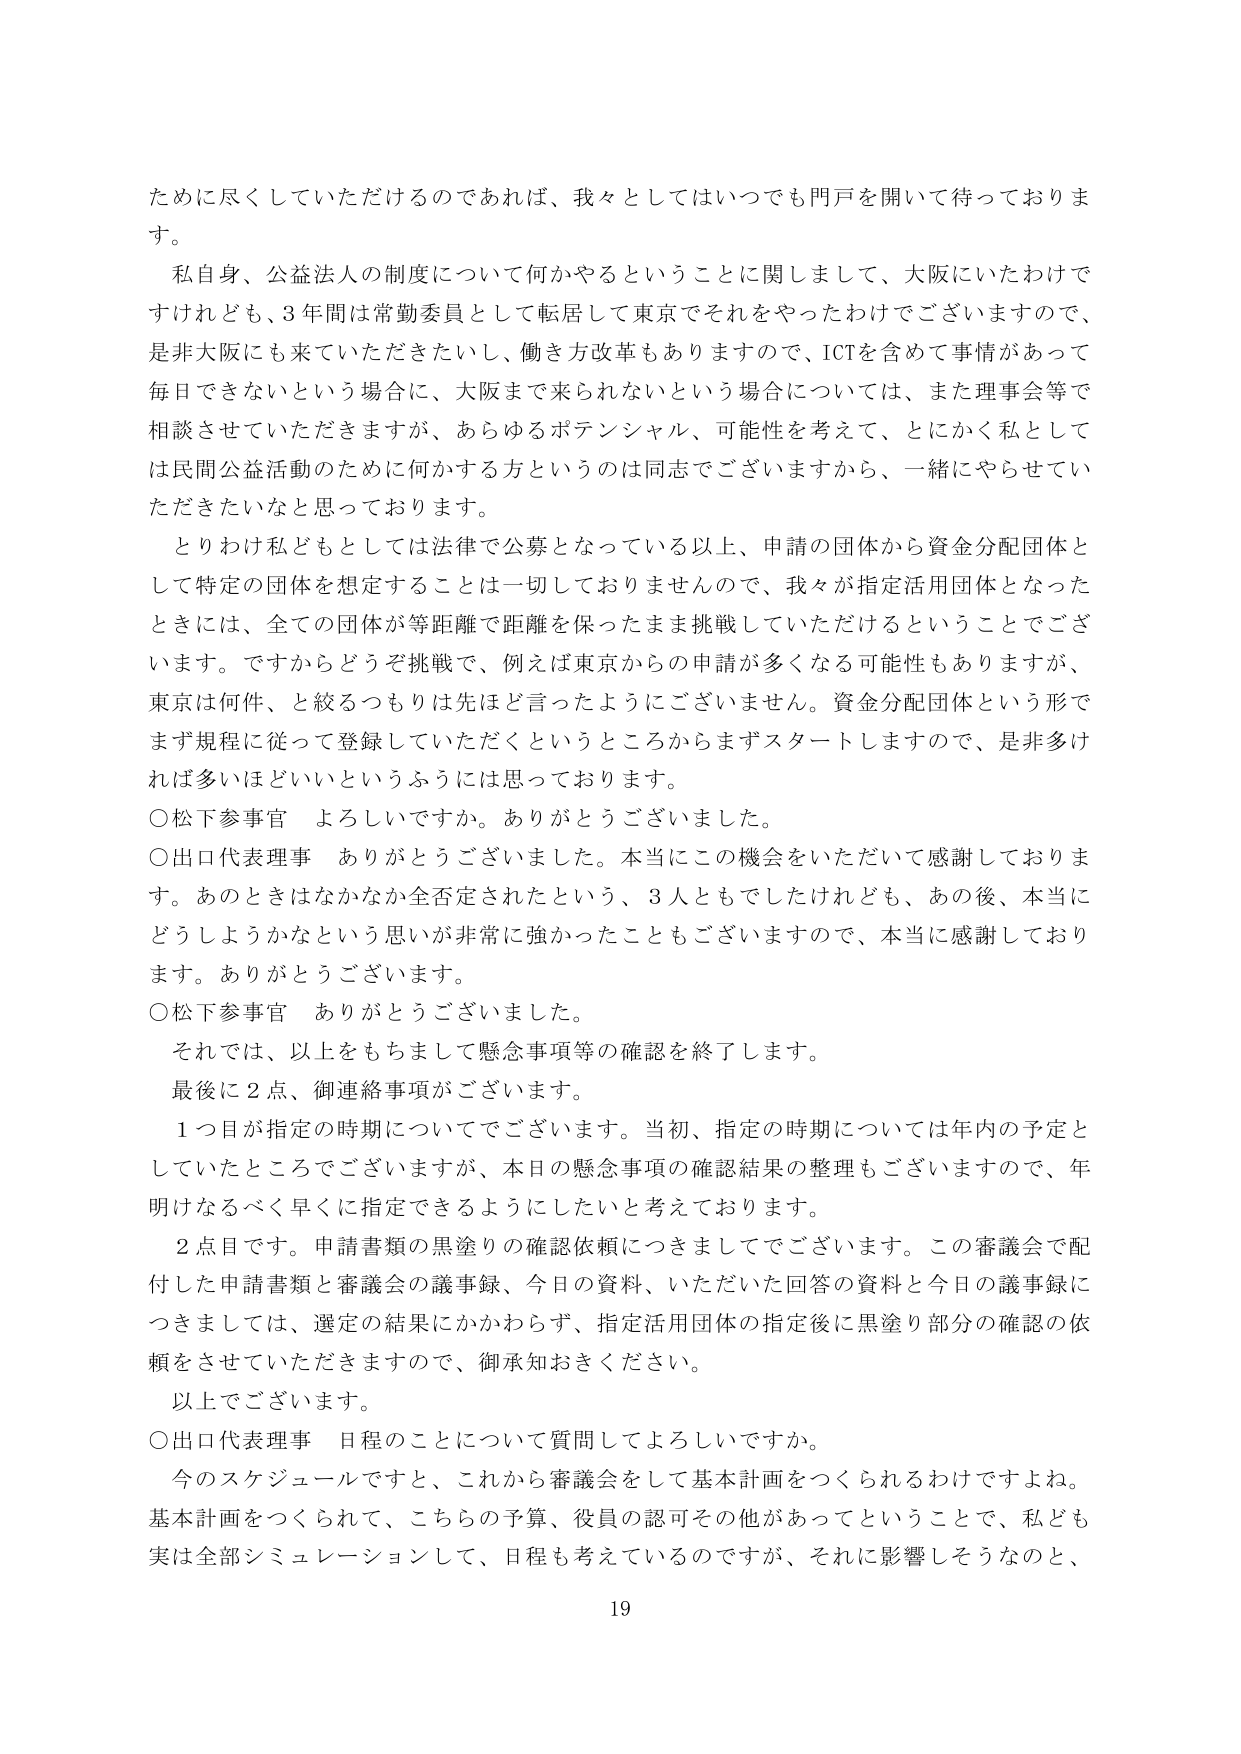
ために尽くしていただけるのであれば、我々としてはいつでも門戸を開いて待っております。

私自身、公益法人の制度について何かやるということに関しまして、大阪にいたわけですけれども、3年間は常勤委員として転居して東京でそれをやったわけでございますので、是非大阪にも来ていただきたいし、働き方改革もありますので、ICTを含めて事情があって毎日できないという場合に、大阪まで来られないという場合については、また理事会等で相談させていただきますが、あらゆるポテンシャル、可能性を考えて、とにかく私としては民間公益活動のために何かする方というのは同志でございますから、一緒にやらせていただきたいなと思っております。

とりわけ私どもとしては法律で公募となっている以上、申請の団体から資金分配団体として特定の団体を想定することは一切しておりませんので、我々が指定活用団体となったときには、全ての団体が等距離で距離を保ったまま挑戦していただけるということでございます。ですからどうぞ挑戦で、例えば東京からの申請が多くなる可能性もありますが、東京は何件、と絞るつもりは先ほど言ったようにございません。資金分配団体という形でまず規程に従って登録していただくというところからまずスタートしますので、是非多ければ多いほどいいというふうには思っております。

○松下参事官　よろしいですか。ありがとうございました。

○出口代表理事　ありがとうございました。本当にこの機会をいただいて感謝しております。あのときはなかなか全否定されたという、3人ともでしたけれども、あの後、本当にどうしようかなという思いが非常に強かったこともございますので、本当に感謝しております。ありがとうございます。

○松下参事官　ありがとうございました。

それでは、以上をもちまして懸念事項等の確認を終了します。

最後に2点、御連絡事項がございます。

1つ目が指定の時期についてでございます。当初、指定の時期については年内の予定としていたところでございますが、本日の懸念事項の確認結果の整理もございますので、年明けなるべく早くに指定できるようにしたいと考えております。

2点目です。申請書類の黒塗りの確認依頼につきましてでございます。この審議会で配付した申請書類と審議会の議事録、今日の資料、いただいた回答の資料と今日の議事録につきましては、選定の結果にかかわらず、指定活用団体の指定後に黒塗り部分の確認の依頼をさせていただきますので、御承知おきください。

以上でございます。

○出口代表理事　日程のことについて質問してよろしいですか。

今のスケジュールですと、これから審議会をして基本計画をつくられるわけですよね。基本計画をつくられて、こちらの予算、役員の認可その他があってということで、私ども実は全部シミュレーションして、日程も考えているのですが、それに影響しそうなのと、

19